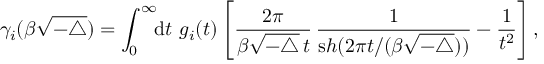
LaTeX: \gamma _ { i } ( \beta \sqrt { - \triangle } ) = \int _ { 0 } ^ { \infty } \! \! { \mathrm d } t \, \, g _ { i } ( t ) \left[ \frac { 2 \pi } { \beta { \sqrt { - \triangle } } \, t } \, \frac { 1 } { { \mathrm s h } ( 2 \pi t / ( \beta { \sqrt { - \triangle } } ) ) } - \frac { 1 } { t ^ { 2 } } \right] ,